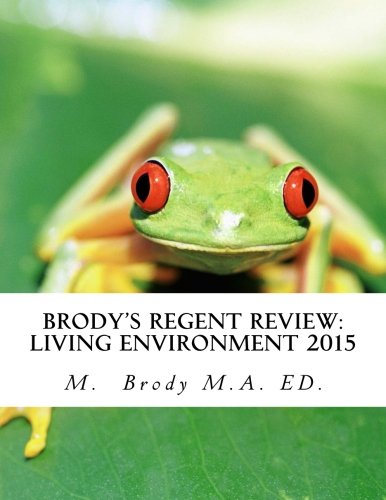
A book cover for Brody's Regent Review: Living environment 2015: Regents review in less than 100 pages (Brody's Regents Review); M. A. Brody; Test Preparation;